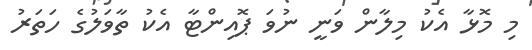
މި މޮޅާ އެކު މިލާން ވަނީ ނުވަ ޕޮއިންޓާ އެކު ތާވަލުގެ ހަތަރު